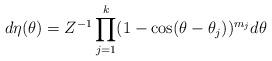
LaTeX: \begin{align*} d\eta(\theta) = Z^{-1} \prod_{j=1}^{k} (1-\cos(\theta - \theta_j))^{m_j} d\theta\end{align*}